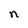
Character: n